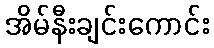
အိမ်နီးချင်းကောင်း